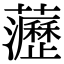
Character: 𧄻